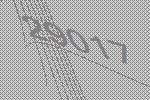
29017